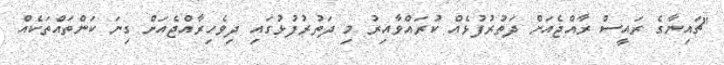
"ޗައިނާގެ ރައީސް ރާއްޖެއަށް ދަތުރުފުޅެއް ކުރައްވާއިރު މި ދަތުރުފުޅުގައި ދިވެހިރާއްޖެއަށް ގިނަ ކަންތައްތަކެއް